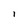
Character: I